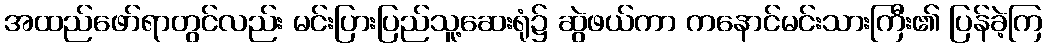
အထည်ဖော်ရာတွင်လည်း မင်းပြားပြည်သူ့ဆေးရုံ၌ ဆွဲဖယ်ကာ ကနောင်မင်းသားကြီး၏ ပြန်ခဲ့ကြ